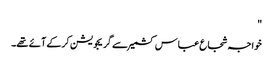
"
خواجہ شجاع عباس کشمیر سے گریجویشن کرکے آئے تھے۔